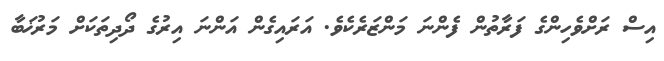
އިސް ރަށްވެހިންގެ ފަރާތުން ފެންނަ މަންޒަރެކެވެ. އަރައިގެން އަންނަ އިރުގެ ދޯދިތަކަށް މަރުޚަބާ